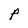
Character: P